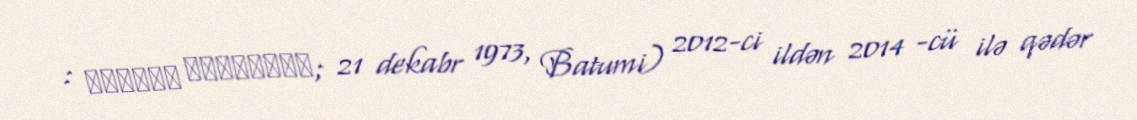
: ირაკლი ალასანია; 21 dekabr 1973, Batumi) 2012-ci ildən 2014 -cü ilə qədər